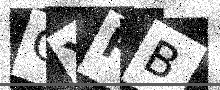
Text: CYFB